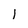
Character: 1